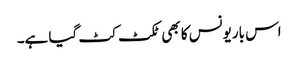
اس باریونس کا بھی ٹکٹ کٹ گیا ہے۔